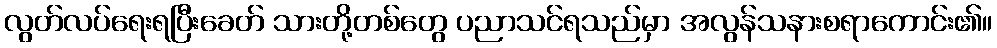
လွတ်လပ်ရေးရပြီးခေတ် သားတို့တစ်တွေ ပညာသင်ရသည်မှာ အလွန်သနားစရာကောင်း၏။